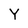
Character: Y